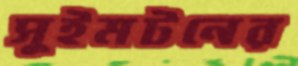
সুইমটনের